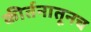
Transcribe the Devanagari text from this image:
कीर्तनातूनच